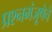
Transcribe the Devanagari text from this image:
प्रश्नमंजूषेचे